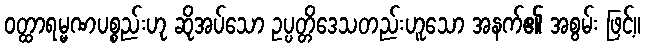
ဝတ္ထာရမ္မဏပစ္စည်းဟု ဆိုအပ်သော ဥပ္ပတ္တိဒေသတည်းဟူသော အနက်၏ အစွမ်း ဖြင့်။